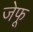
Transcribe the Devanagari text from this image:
जेफू